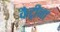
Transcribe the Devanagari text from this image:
कैट्रीना